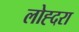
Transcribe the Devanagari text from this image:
लोह्दरा